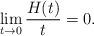
LaTeX: \begin{align*}\lim_{t\to 0}\frac{H(t)}{t}=0.\end{align*}